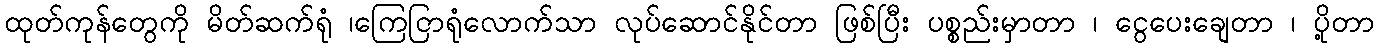
ထုတ်ကုန်တွေကို မိတ်ဆက်ရုံ ၊ကြေငြာရုံလောက်သာ လုပ်ဆောင်နိုင်တာ ဖြစ်ပြီး ပစ္စည်းမှာတာ ၊ ငွေပေးချေတာ ၊ ပို့တာ